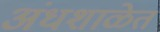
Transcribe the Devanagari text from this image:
अंधशाळेत